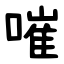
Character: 嗺